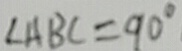
\angle A B C = 9 0 ^ { \circ }